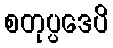
စတုပ္ပဒေပိ